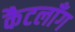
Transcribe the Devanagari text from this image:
कैटलाँग